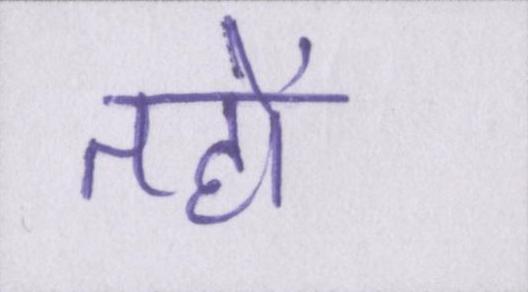
तहों